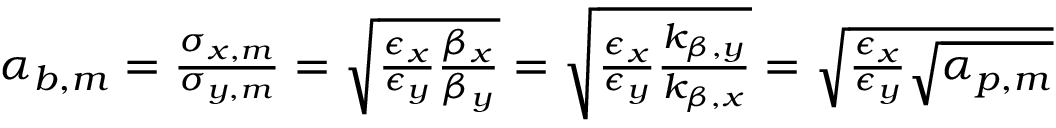
\begin{array} { r } { \alpha _ { b , m } = \frac { \sigma _ { x , m } } { \sigma _ { y , m } } = \sqrt { \frac { \epsilon _ { x } } { \epsilon _ { y } } \frac { \beta _ { x } } { \beta _ { y } } } = \sqrt { \frac { \epsilon _ { x } } { \epsilon _ { y } } \frac { k _ { \beta , y } } { k _ { \beta , x } } } = \sqrt { \frac { \epsilon _ { x } } { \epsilon _ { y } } \sqrt { \alpha _ { p , m } } } } \end{array}